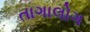
તાગાલોગ